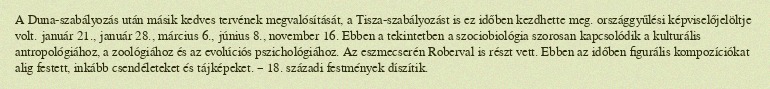
A Duna-szabályozás után másik kedves tervének megvalósítását, a Tisza-szabályozást is ez időben kezdhette meg. országgyűlési képviselőjelöltje volt. január 21., január 28., március 6., június 8., november 16. Ebben a tekintetben a szociobiológia szorosan kapcsolódik a kulturális antropológiához, a zoológiához és az evolúciós pszichológiához. Az eszmecserén Roberval is részt vett. Ebben az időben figurális kompozíciókat alig festett, inkább csendéleteket és tájképeket. – 18. századi festmények díszítik.